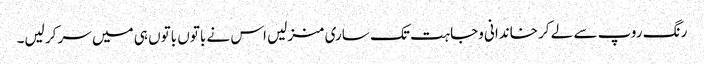
رنگ روپ سے لے کر خاندانی وجاہت تک ساری منزلیں اس نے باتوں باتوں ہی میں سر کر لیں۔